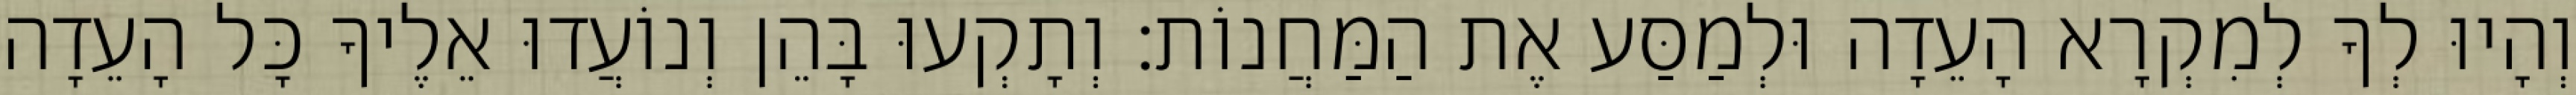
וְהָיוּ לְךָ לְמִקְרָא הָעֵדָה וּלְמַסַּע אֶת הַמַּחֲנוֹת׃ וְתָקְעוּ בָּהֵן וְנוֹעֲדוּ אֵלֶיךָ כָּל הָעֵדָה